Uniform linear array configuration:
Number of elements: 24
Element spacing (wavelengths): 0.25
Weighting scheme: cosine
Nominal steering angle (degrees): -15
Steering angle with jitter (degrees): -15.346
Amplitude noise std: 0.05
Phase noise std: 0.05

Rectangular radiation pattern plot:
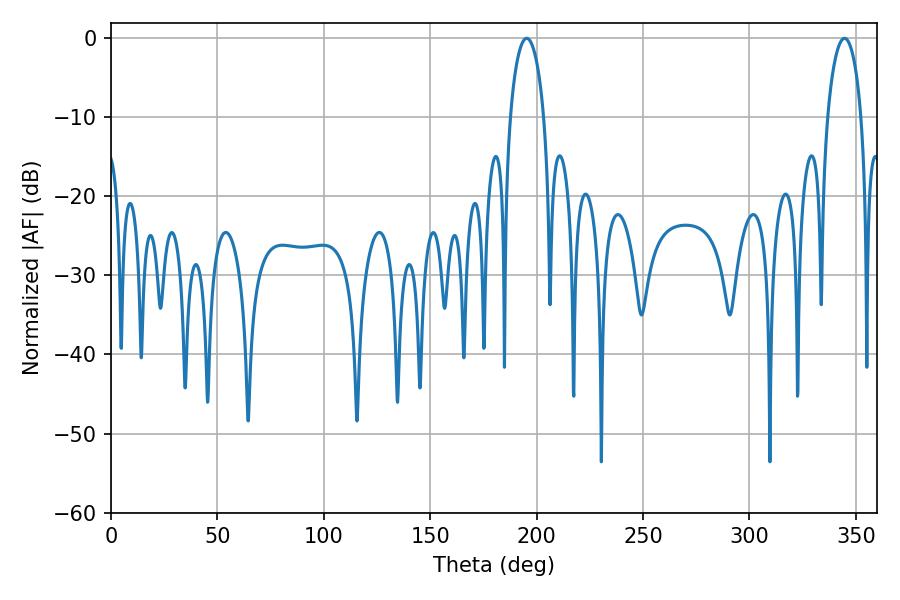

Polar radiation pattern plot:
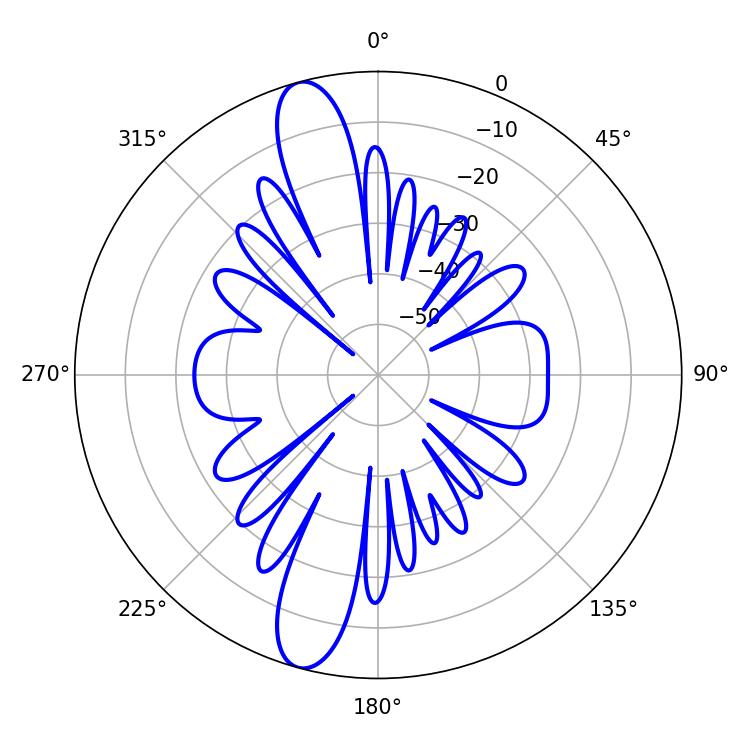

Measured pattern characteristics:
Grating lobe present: FALSE
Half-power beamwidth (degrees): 9.18
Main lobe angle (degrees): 195.3